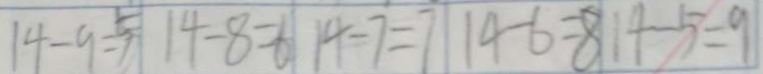
1 4 - 9 = 5 1 4 - 8 = 6 1 4 - 7 = 7 1 4 - 6 = 8 1 4 - 5 = 9